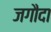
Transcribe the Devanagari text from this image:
जगौदा